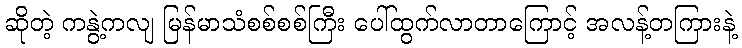
ဆိုတဲ့ ကနွဲ့ကလျ မြန်မာသံစစ်စစ်ကြီး ပေါ်ထွက်လာတာကြောင့် အလန့်တကြားနဲ့